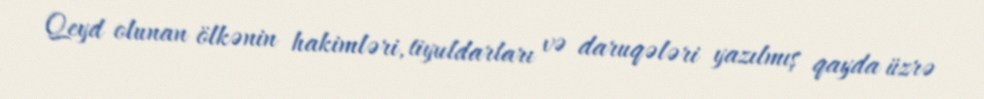
Qeyd olunan ölkənin hakimləri, tiyuldarları və daruqələri yazılmış qayda üzrə